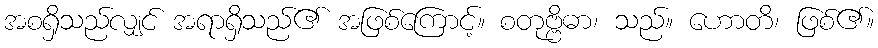
အစရှိသည်လျှင် အရာရှိသည်၏ အဖြစ်ကြောင့်။ စတုဗ္ဗိဓာ၊ သည်။ ဟောတိ၊ ဖြစ်၏။